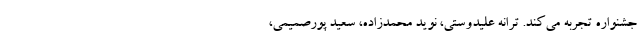
جشنواره تجربه می‌کند. ترانه علیدوستی، نوید محمدزاده، سعید پورصمیمی،